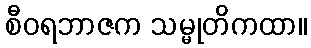
စီဝရဘာဇက သမ္မုတိကထာ။